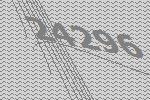
24296